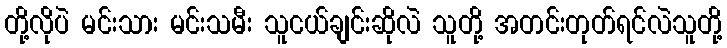
တို့လိုပဲ မင်းသား မင်းသမီး သူငယ်ချင်းဆိုလဲ သူတို့ အတင်းတုတ်ရင်လဲသူတို့